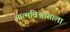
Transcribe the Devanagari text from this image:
आत्मविश्वासाला